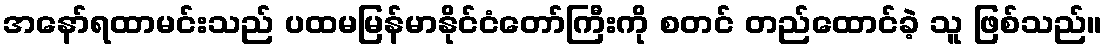
အနော်ရထာမင်းသည် ပထမမြန်မာနိုင်ငံတော်ကြီးကို စတင် တည်ထောင်ခဲ့ သူ ဖြစ်သည်။